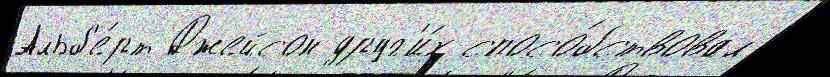
Альб'е́рт Джейсон друг'и́х спосо́бствовал